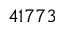
4 1 7 7 3